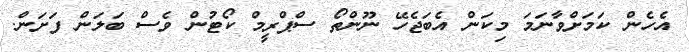
އެހެން ކަމަށްވާނަމަ މިކަން އެބަޖެހޭ ނޫންތޯ ސްޕްރީމް ކޯޓުން ވެސް ބަލަން ފަށަން.